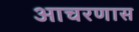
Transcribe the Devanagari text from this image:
आचरणास